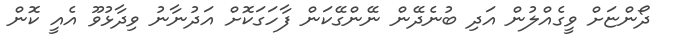
ދޯންޏަށް ވީގެއްލުން އަދި ބުނެދޭން ނޭންގޭކަން ފާހަގަކޮށް އަދުނާނު ވިދާޅުވޫ އެއީ ކޮން